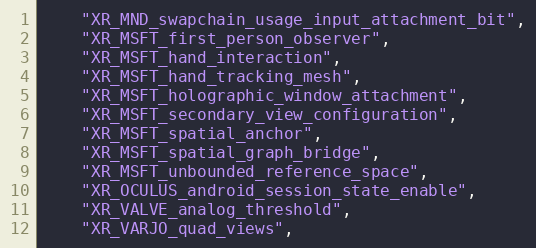
Language: C
    "XR_MND_swapchain_usage_input_attachment_bit",
    "XR_MSFT_first_person_observer",
    "XR_MSFT_hand_interaction",
    "XR_MSFT_hand_tracking_mesh",
    "XR_MSFT_holographic_window_attachment",
    "XR_MSFT_secondary_view_configuration",
    "XR_MSFT_spatial_anchor",
    "XR_MSFT_spatial_graph_bridge",
    "XR_MSFT_unbounded_reference_space",
    "XR_OCULUS_android_session_state_enable",
    "XR_VALVE_analog_threshold",
    "XR_VARJO_quad_views",